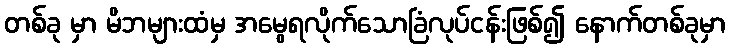
တစ်ခု မှာ မိဘများထံမှ အမွေရလိုက်သောခြံလုပ်ငန်းဖြစ်၍ နောက်တစ်ခုမှာ